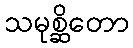
သမုစ္ဆိတော